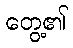
တွေ့၏